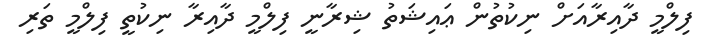
ފިލްމީ ދާއިރާއަށް ނިކުތުން ޢައިޝަތު ޝިރާނީ ފިލްމީ ދާއިރާ ނިކުތީ ފިލްމީ ތަރި